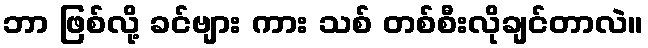
ဘာ ဖြစ်လို့ ခင်ဗျား ကား သစ် တစ်စီးလိုချင်တာလဲ။